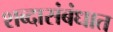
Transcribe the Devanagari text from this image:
शब्दासंबंधात